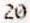
20